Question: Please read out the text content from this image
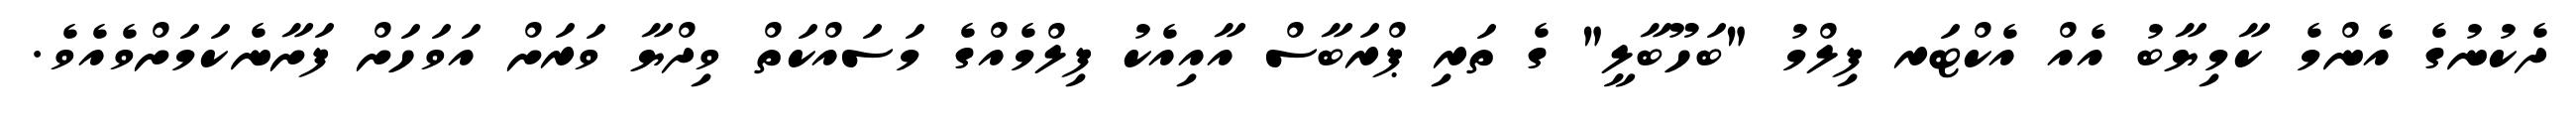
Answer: ދެކުނުގެ އެންމެ ކާމިޔާބު އެއް އެކްޓަރ ފިލްމު "ބަހޫބާލީ" ގެ ތަރި ޕްރަބާސް އާއިއެކު ފިލްމެއްގެ މަސައްކަތް ވިދްޔާ ވަރަށް އަވަހަށް ފަށާނެކަމަށްވެއެވެ.